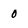
Character: 0